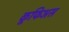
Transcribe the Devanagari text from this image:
कूफिअस